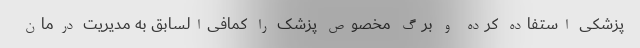
پزشکی استفاده کرده و برگ مخصوص پزشک را کمافی‌السابق به مدیریت درمان